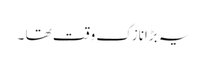
یہ بڑانازک وقت تھا ۔